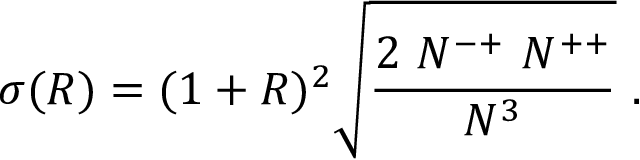
\sigma ( R ) = ( 1 + R ) ^ { 2 } \sqrt { \frac { 2 \ N ^ { - + } \ N ^ { + + } } { N ^ { 3 } } } \ .